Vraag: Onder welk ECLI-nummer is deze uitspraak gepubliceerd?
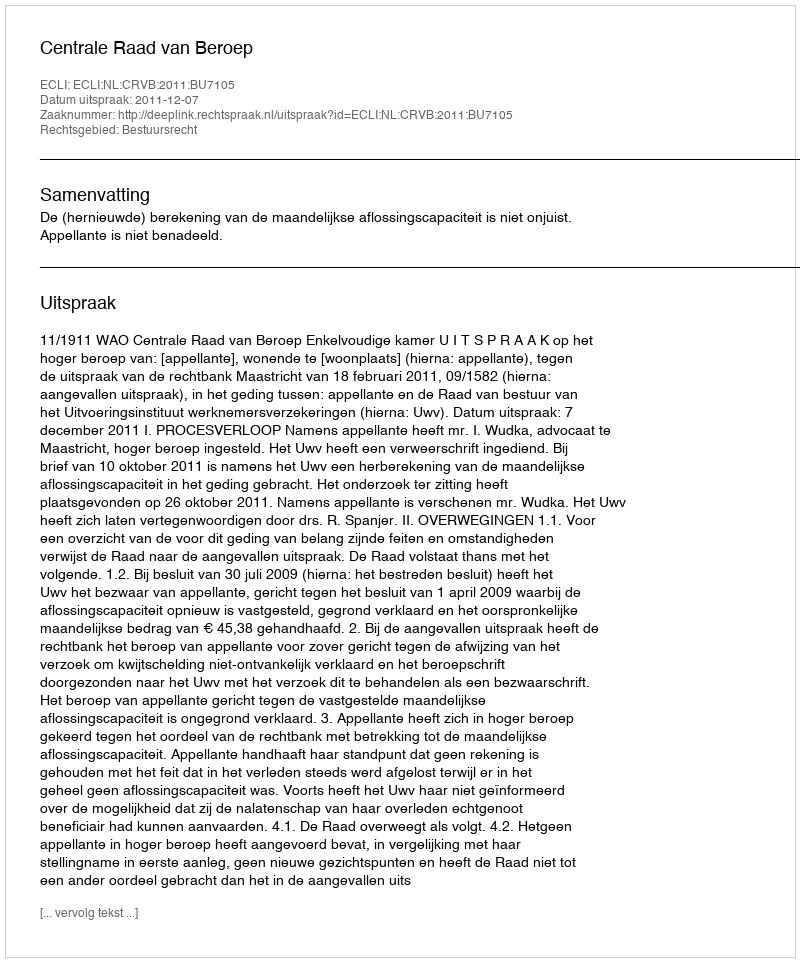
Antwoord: ECLI:NL:CRVB:2011:BU7105